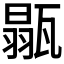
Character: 𤭼